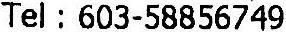
TEL : 603-58856749